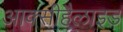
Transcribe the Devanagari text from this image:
आक्सीहैलाइड